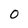
Character: O